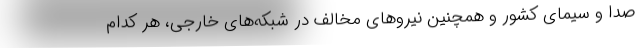
صدا و سیمای کشور و همچنین نیروهای مخالف در شبکه‌های خارجی، هر کدام